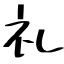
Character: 礼